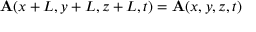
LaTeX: \mathbf { A } ( x + L , y + L , z + L , t ) = \mathbf { A } ( x , y , z , t )